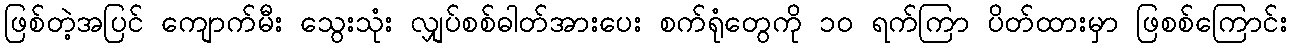
ဖြစ်တဲ့အပြင် ကျောက်မီး သွေးသုံး လျှပ်စစ်ဓါတ်အားပေး စက်ရုံတွေကို ၁၀ ရက်ကြာ ပိတ်ထားမှာ ဖြစစ်ကြောင်း